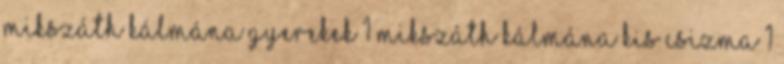
Mikszáth KálmánA gyerekek 1 Mikszáth KálmánA kis csizma 1